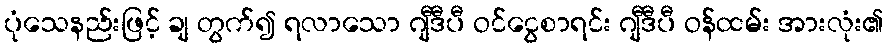
ပုံသေနည်းဖြင့် ချ တွက်၍ ရလာသော ဂျီဒီပီ ဝင်ငွေစာရင်း ဂျီဒီပီ ဝန်ထမ်း အားလုံး၏